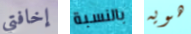
إخافتي بالنسبة هويه